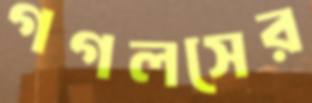
গগলসের